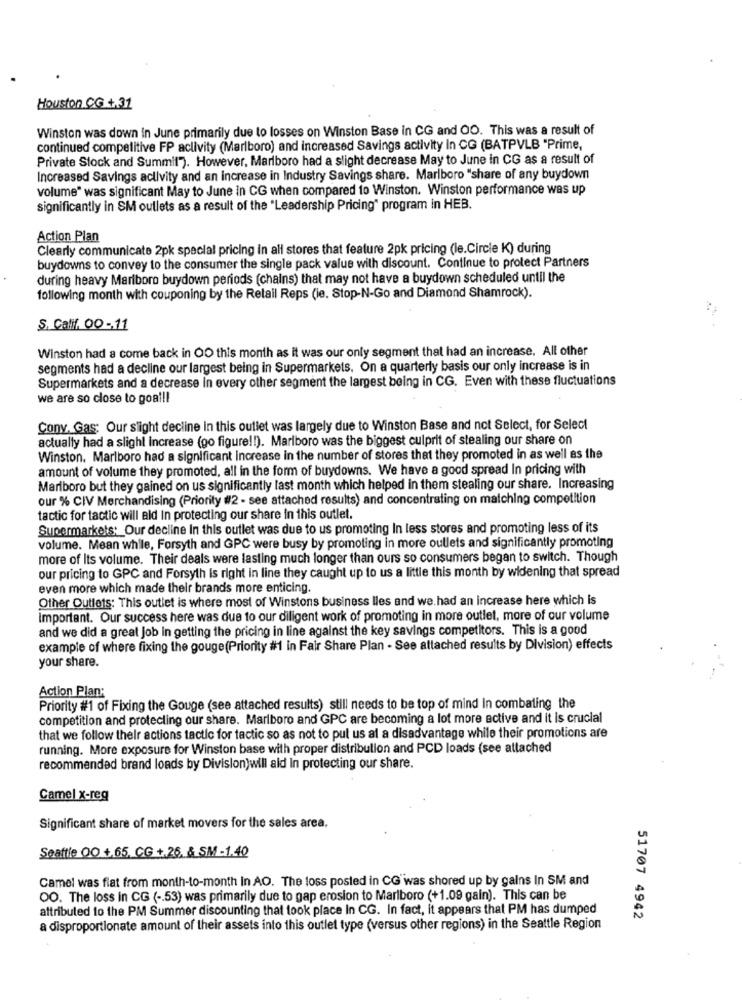
Houston CG + 31
Winston was down in June primarily due to losses on Winston Base in CG and OO. This was a result of
continued competitive FP aclivity (Marlboro) and increased Savings activity In CG (BATPVLB "Prime,
Private Stock and Summit"). However, Marlboro had a slight decrease May to June in CG as a result of
Increased Savings activity and an increase in Industry Savings share. Marlboro "share of any buydown
volume" was significant May to June in CG when compared to Winston. Winston performance was up
significantly in SM outlets as a result of the "Leadership Pricing" program in HEB.
Action Plan
Clearly communicate 2pk special pricing in all stores that feature 2pk pricing (le.Circle K) during
buydowns to convey to the consumer the single pack value with discount. Continue to protect Partners
during heavy Marlboro buydown periods (chains) that may not have a buydown scheduled until the
following month with couponing by the Retail Reps (le. Stop-N-Go and Diamond Shamrock).
S. Calif. 00 -. 11
Winston had a come back in OO this month as it was our only segment that had an increase. All other
segments had a decline our largest being in Supermarkets. On a quarterly basis our only increase is in
Supermarkets and a decrease in every other segment the largest being in CG. Even with these fluctuations
we are so close to goal !!
Conv. Gas: Our slight decline in this outlet was largely due to Winston Base and not Select, for Select
actually had a slight increase (go figure !! ). Marlboro was the biggest culprit of stealing our share on
Winston. Marlboro had a significant increase in the number of stores that they promoted in as well as the
amount of volume they promoted, all in the form of buydowns. We have a good spread In pricing with
Marlboro but they gained on us significantly last month which helped in them stealing our share. Increasing
our % CIV Merchandising (Priority #2 - see attached results) and concentrating on matching competition
tactic for tactic will ald In protecting our share in this outlet.
Supermarkets: Our decline In this outlet was due to us promoting In less stores and promoting less of its
volume. Mean while, Forsyth and GPC were busy by promoting in more outlets and significantly promoting
more of Its volume. Their deals were lasting much longer than ours so consumers began to switch. Though
our pricing to GPC and Forsyth is right in line they caught up to us a little this month by widening that spread
even more which made their brands more enticing.
Other Outlets: This outlet is where most of Winstons business lles and we had an increase here which is
Important. Our success here was due to our diligent work of promoting in more outlet, more of our volume
and we did a great job in getting the pricing in line against the key savings competitors. This is a good
example of where fixing the gouge(Priority #1 in Fair Share Plan - See attached results by Division) effects
your share.
Action Plan:
Priority #1 of Fixing the Gouge (see attached results) still needs to be top of mind In combating the
competition and protecting our share. Marlboro and GPC are becoming a lot more active and it is crucial
that we follow their actions tactic for tactic so as not to put us al a disadvantage while their promotions are
running. More exposure for Winston base with proper distribution and PCD loads (see attached
recommended brand loads by Division)will ald In protecting our share.
Camel x-reg
Significant share of market movers for the sales area.
Seattle OO +,65, CG +,26, & SM -1.40
Camel was fiat from month-to-month In AO. The loss posted in CG"was shored up by gains In SM and
OO. The loss in CG ( -. 53) was primarily due to gap erosion to Marlboro (+1.09 gain). This can be
attributed to the PM Summer discounting that took place In CG. In fact, it appears that PM has dumped
51707 4942
a disproportionate amount of their assets into this outlet type (versus other regions) in the Seattle Region